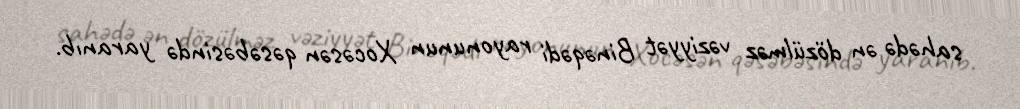
sahədə ən dözülməz vəziyyət Binəqədi rayonunun Xocəsən qəsəbəsində yaranıb.